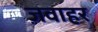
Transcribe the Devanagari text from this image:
ज़वाहर